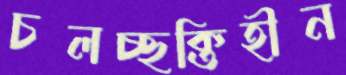
চলচ্ছক্তিহীন